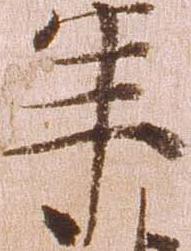
年